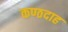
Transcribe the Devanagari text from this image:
कण्ठदाह